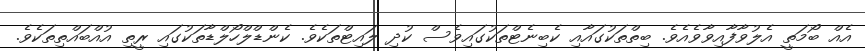
އެއް ބޯމަތީ އެލުވާފާއިވާވެއެވެ. ބިތްތަކުގައާއި ކެބިނެޓްތަކުގައިވެސް ކުދި ލައިޓްތަކެވެ. ކެންޑްލްހޯލްޑާތަކުގައި ރީތި އުއްބައްތިތަކެވެ.